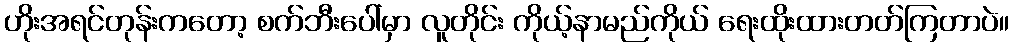
ဟိုးအရင်တုန်းကတော့ စက်ဘီးပေါ်မှာ လူတိုင်း ကိုယ့်နာမည်ကိုယ် ရေးထိုးထားတတ်ကြတာပဲ။